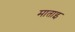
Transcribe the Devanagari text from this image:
माताइ